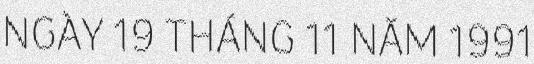
NGÀY 19 THÁNG 11 NĂM 1991